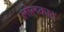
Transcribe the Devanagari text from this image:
लोलकात